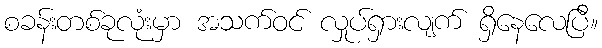
စခန်းတစ်ခုလုံးမှာ အသက်ဝင် လှုပ်ရှားလျက် ရှိနေလေပြီ။